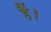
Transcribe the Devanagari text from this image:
है॑।